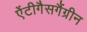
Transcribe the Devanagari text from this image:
ऐंटीगैसगैंग्रीन